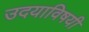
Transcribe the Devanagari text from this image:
उदयाविषयी